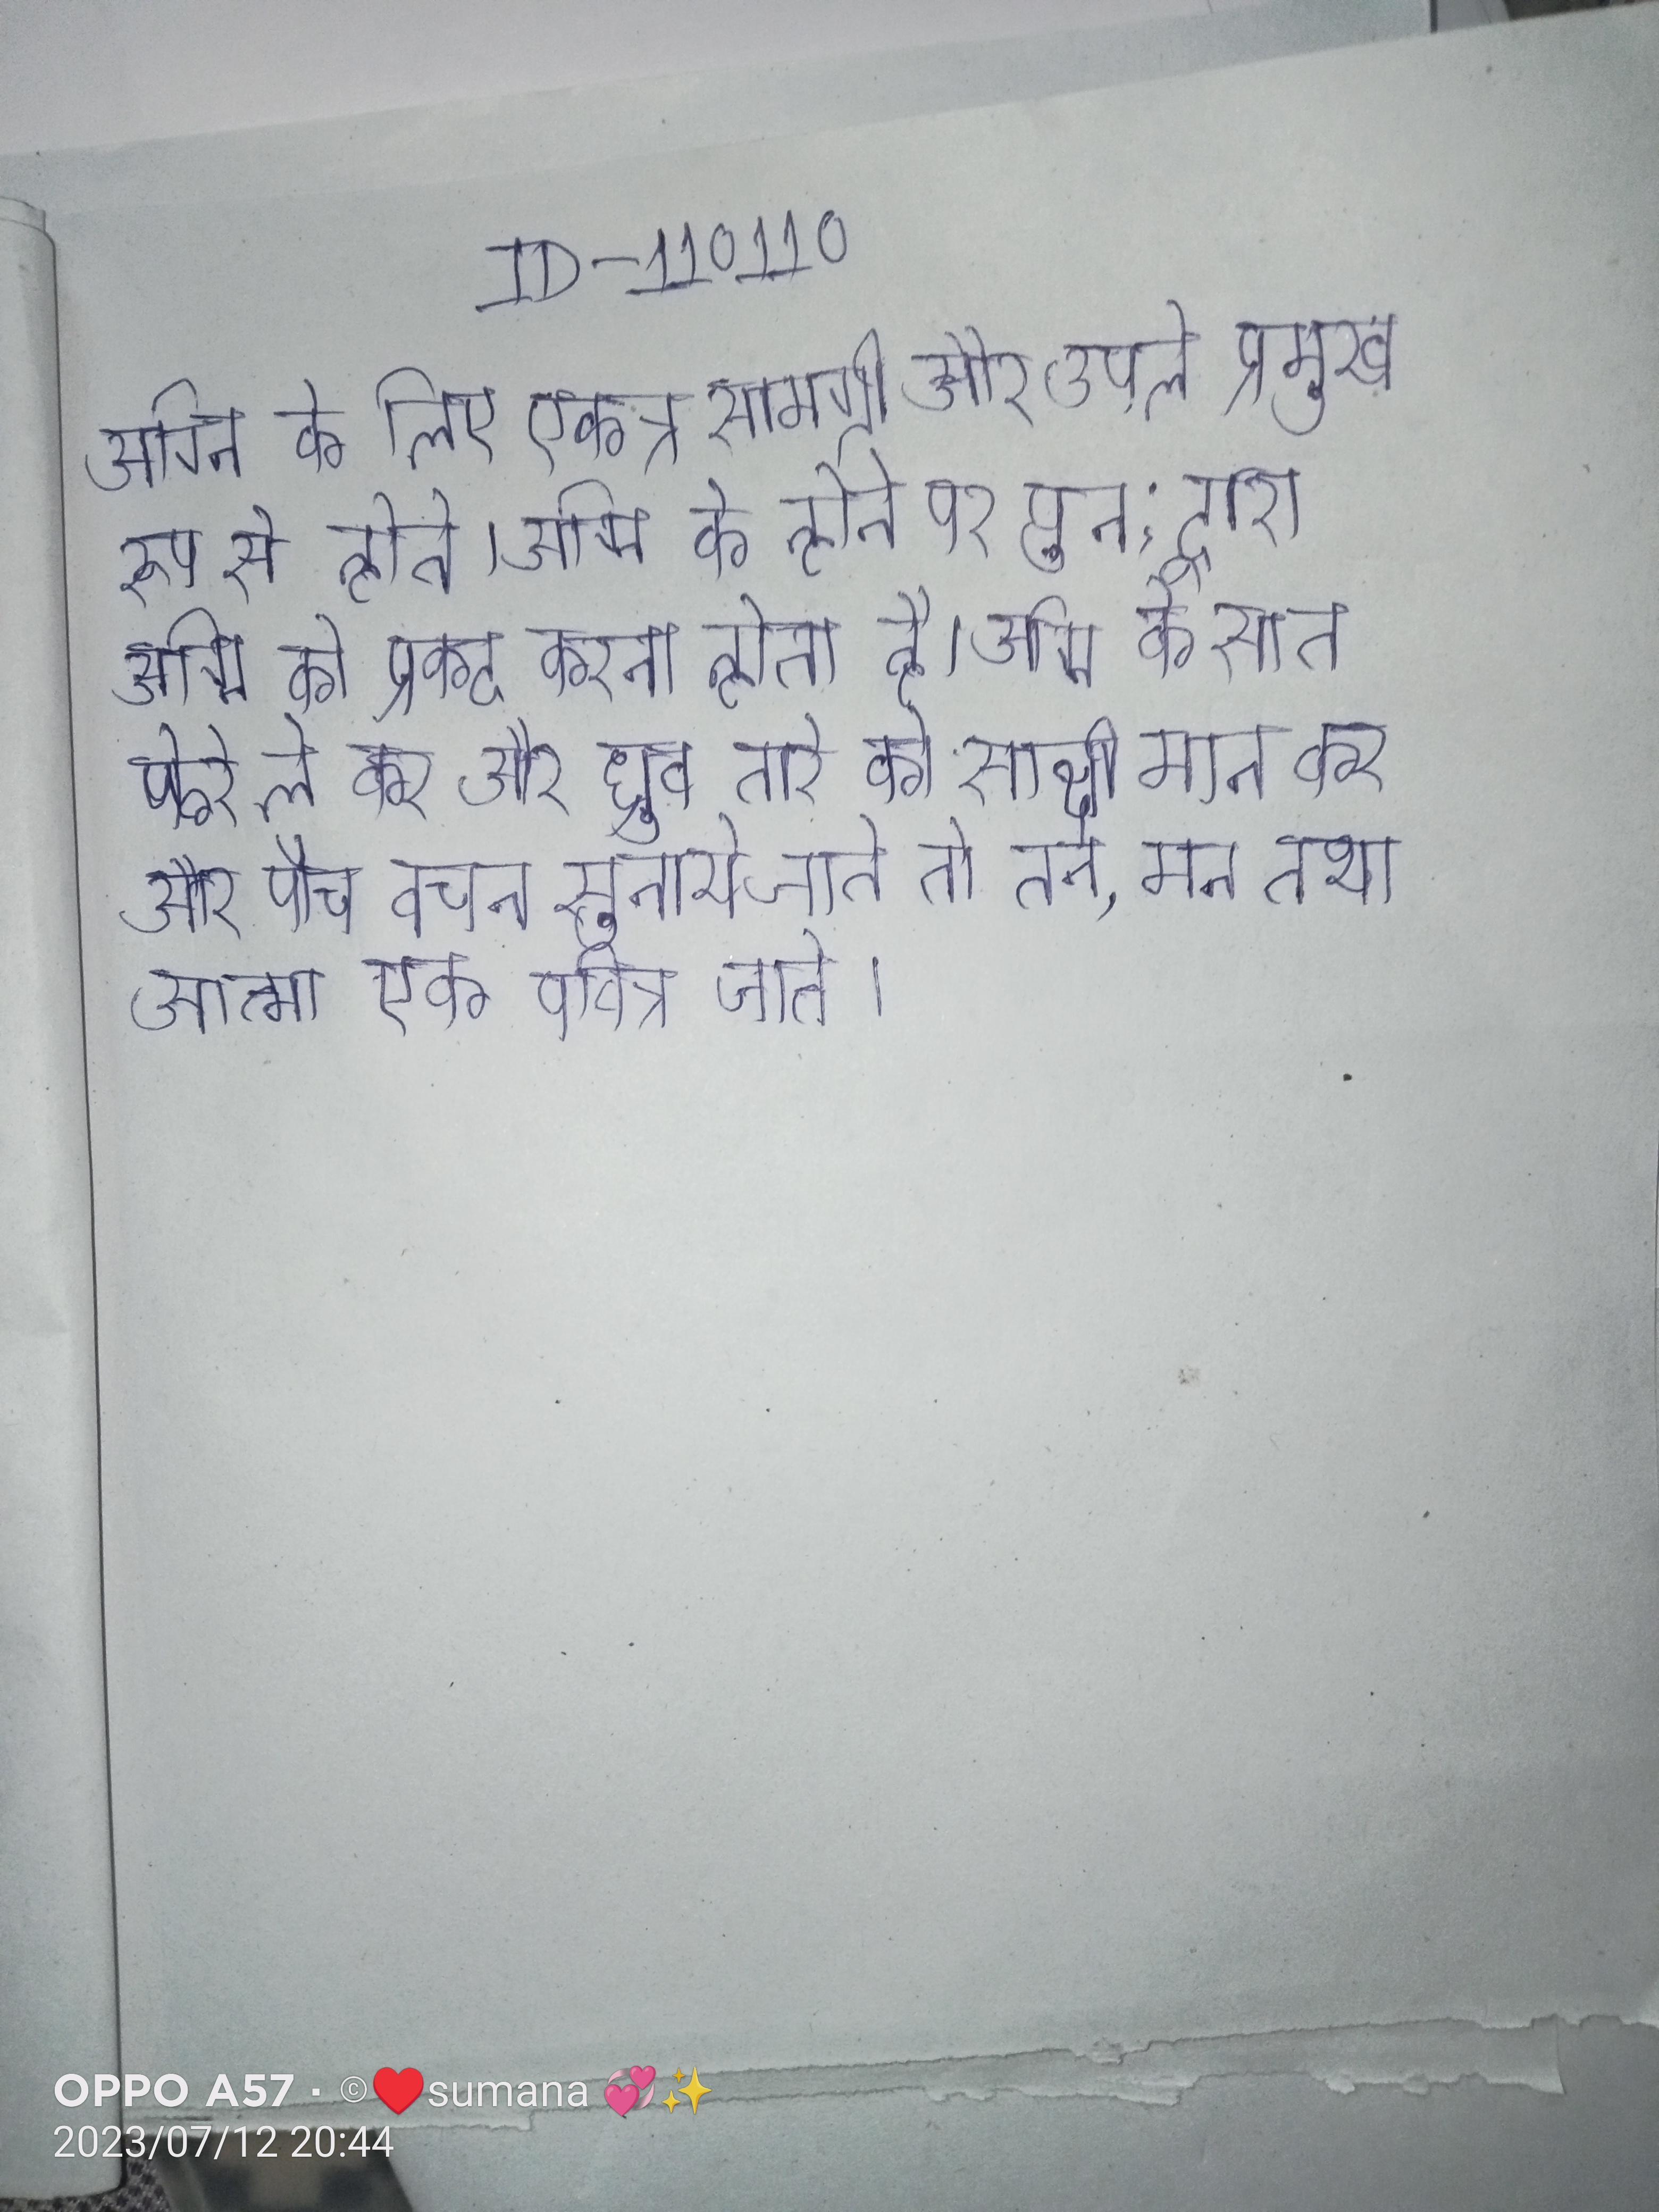
अग्नि के लिए एकत्र सामग्री और उपले प्रमुख रूप से होते । अग्नि के होने पर पुन: द्वारा अग्नि को प्रकट करना होता है । अग्नि के सात फेरे ले कर और ध्रुव तारे को साक्षी मान कर और पाॅच वचन सुनाये जाते तो तन, मन तथा आत्मा एक पवित्र जाते ।